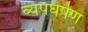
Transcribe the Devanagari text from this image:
व्यपघर्षण